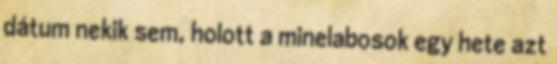
dátum nekik sem, holott a minelabosok egy hete azt